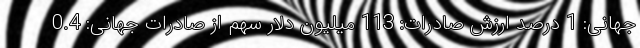
جهانی: 1 درصد ارزش صادرات: 113 میلیون دلار سهم از صادرات جهانی: 0.4